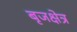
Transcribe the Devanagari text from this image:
बृजक्षेत्र